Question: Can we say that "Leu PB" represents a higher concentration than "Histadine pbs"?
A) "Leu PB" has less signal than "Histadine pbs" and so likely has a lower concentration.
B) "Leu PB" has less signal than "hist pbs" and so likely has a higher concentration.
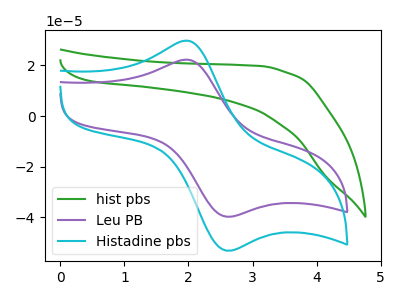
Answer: <think>The green curve "hist pbs" has no peaks. The purple curve "Leu PB" has an anodic peak at (1.95V, 22.20uA) and a cathodic peak at (2.60V, -39.75uA). The cyan curve "Histadine pbs" has an anodic peak at (1.95V, 29.70uA) and a cathodic peak at (2.60V, -53.15uA).
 All the peaks in "Leu PB" have a peak in "Histadine pbs" at the same potential. Every peak in "Leu PB" is lower than every peak in "Histadine pbs".</think>
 <answer>A) "Leu PB" has less signal than "Histadine pbs" and so likely has a lower concentration.</answer>
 <eval>A</eval>